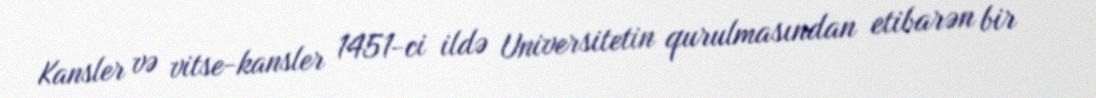
Kansler və vitse-kansler 1451-ci ildə Universitetin qurulmasından etibarən bir